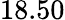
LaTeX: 18.50